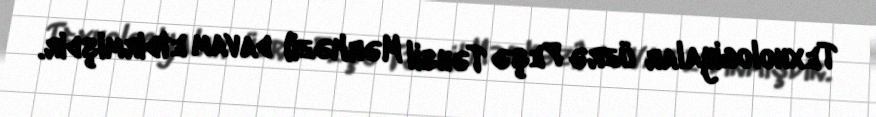
Texnologiyalar üzrə Peşə Təhsil Mərkəzi) davam etdirmişdir.